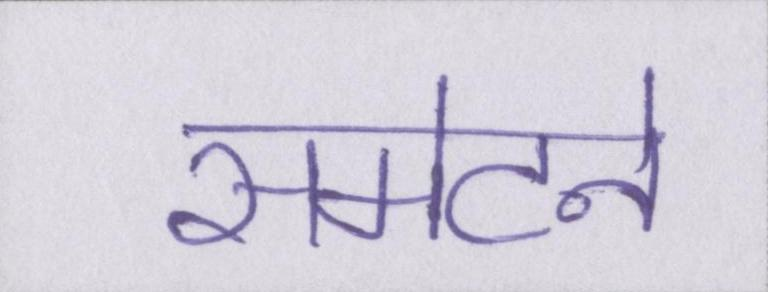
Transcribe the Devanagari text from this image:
समेटने